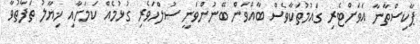
ޕާކިސްތާނާ އަވަށްޓެރި ގައުމުތަކާވެސް ބާއްވަން ބޭނުންވަނީ ސުލްހަވެރި ގުޅުމެއް ކަމަށާއި ޚިޔާލު ތަފާތުވާ